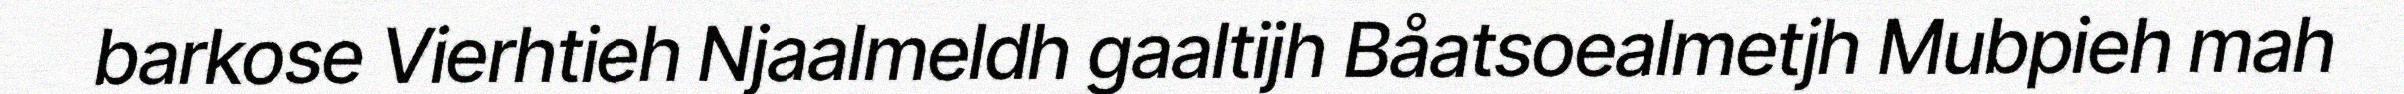
barkose Vierhtieh Njaalmeldh gaaltijh Båatsoealmetjh Mubpieh mah